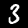
Digit: 3